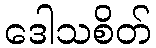
ဒေါသစိတ်